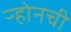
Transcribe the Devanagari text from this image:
ऱ्होनची